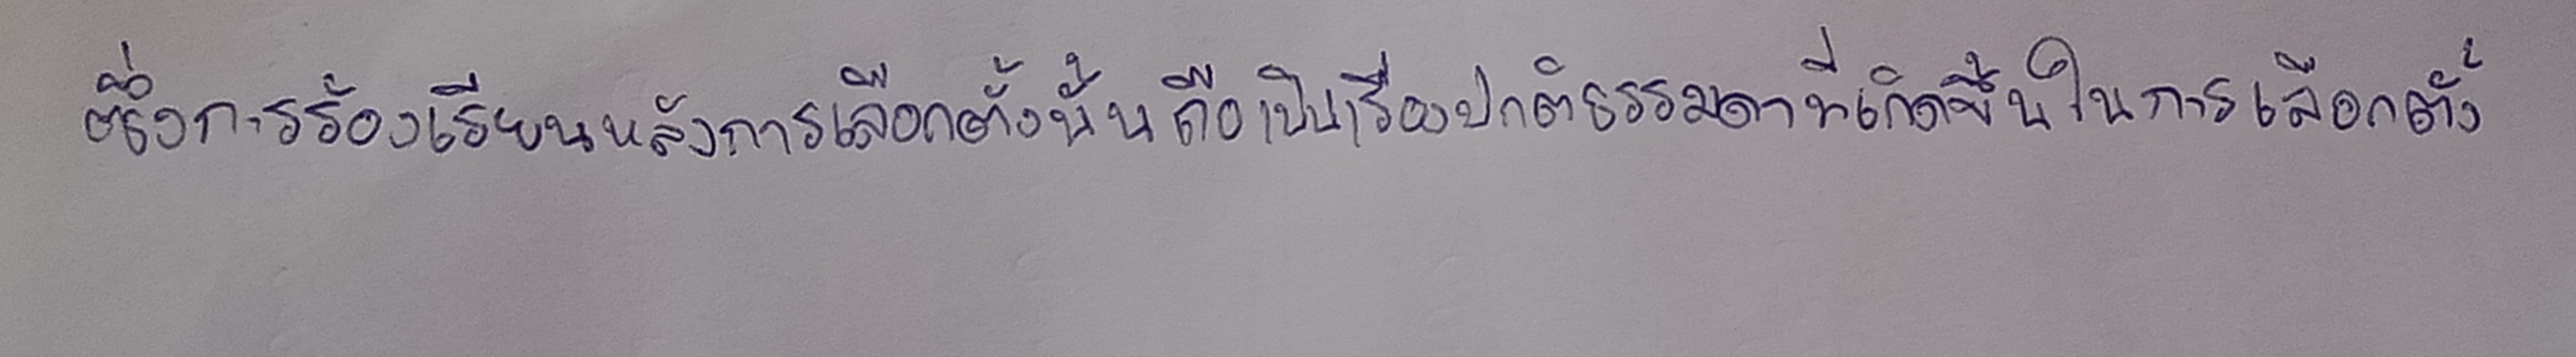
ซึ่งการร้องเรียนหลังการเลือกตั้งนั้นถือเป็นเรื่องปกติธรรมดาที่เกิดขึ้นในการเลือกตั้ง